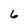
Character: 6